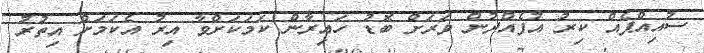
ސުއިއްޕެއް ކިރު އުފެއްދުން ވަރަށް ބޮޑު ހައިރާން ކަމަކަށްވާ އިރު އެކަމަށް އިތުރު